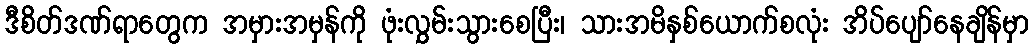
ဒီစိတ်ဒဏ်ရာတွေက အမှားအမှန်ကို ဖုံးလွှမ်းသွားစေပြီး၊ သားအမိနှစ်ယောက်စလုံး အိပ်ပျော်နေချိန်မှာ